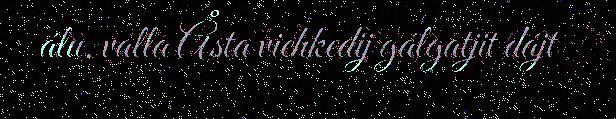
álu, valla Åsta viehkedij gálgatjit dájt